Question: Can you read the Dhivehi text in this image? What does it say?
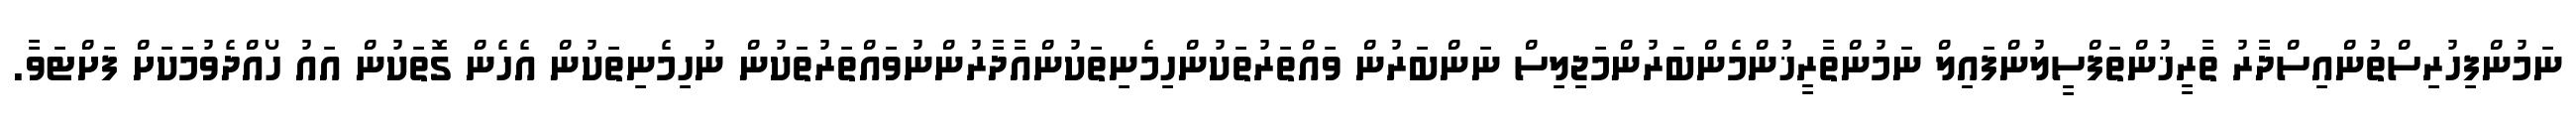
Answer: ނަމުންފިހުރިސްތުންއިސްދާރު ތާރީޚުންތަފްސީލުންފައިލް ނަމުންތާރީޚުންމެންބަރުންމަޖިލިސް ނަންބަރުން ވައްތަރުތަކުންހިމެނިތަކުންއާދާރުންނުވައްތަރުތަކުން ނުހިމެނިތަކުން އެހެން ގޮތަކުން އައު ހޯއްދެވުމަކަށް ފަށްޓަވާ.